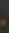
.